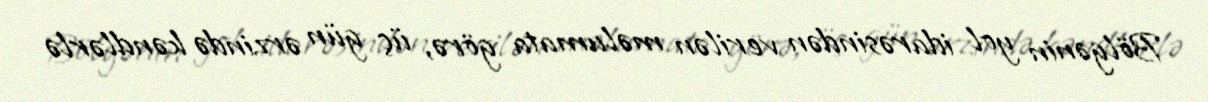
Bölgənin yol idarəsindən verilən məlumata görə, üç gün ərzində kəndlərlə